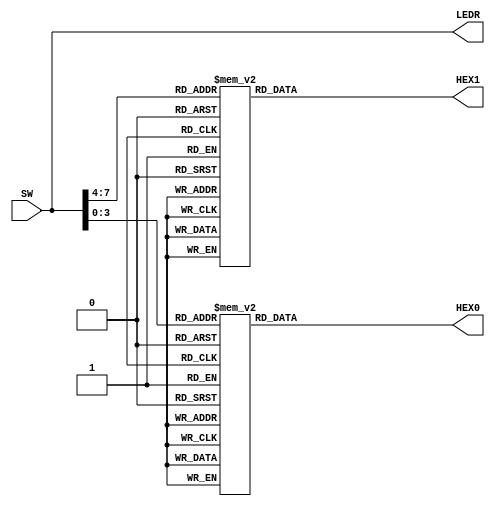
module part1(HEX0, HEX1, SW, LEDR);
input [9:0] SW;

output [6:0] HEX0, HEX1;
output [9:0] LEDR;

wire [3:0] seg1, seg0;

reg [6:0] segment0, segment1;

assign seg1 = SW[7:4];
assign seg0 = SW[3:0];
assign HEX0 = segment0;
assign HEX1 = segment1;
assign LEDR = SW;

always@(SW) begin
	case(seg0) 
		4'b0000: segment0 <= 7'b1000000;	//0
		4'b0001: segment0 <= 7'b1111001;	//1
		4'b0010: segment0 <= 7'b0100100;	//2
		4'b0011: segment0 <= 7'b0110000;	//3
		4'b0100: segment0 <= 7'b0011001;	//4
		4'b0101: segment0 <= 7'b0010010;	//5
		4'b0110: segment0 <= 7'b0000010;	//6
		4'b0111: segment0 <= 7'b1111000;	//7
		4'b1000: segment0 <= 7'b0000000;	//8
		4'b1001: segment0 <= 7'b0010000;	//9
		default: segment0 <= 7'b1111111;
	endcase
end

always@(SW) begin
	case(seg1) 
		4'b0000: segment1 <= 7'b1000000;	//0
		4'b0001: segment1 <= 7'b1111001;	//1
		4'b0010: segment1 <= 7'b0100100;	//2
		4'b0011: segment1 <= 7'b0110000;	//3
		4'b0100: segment1 <= 7'b0011001;	//4
		4'b0101: segment1 <= 7'b0010010; //5
		4'b0110: segment1 <= 7'b0000010;	//6
		4'b0111: segment1 <= 7'b1111000;	//7
		4'b1000: segment1 <= 7'b0000000;	//8
		4'b1001: segment1 <= 7'b0010000;	//9
		default: segment1 <= 7'b1111111;
	endcase
end

endmodule